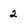
Character: 2